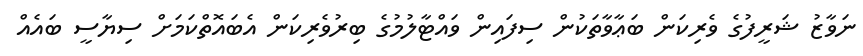
ނަވާޒު ޝަރީފުގެ ވެރިކަން ބަޢާވާތަކުން ސިފައިން ވައްޓާލުމުގެ ބިރުވެރިކަން އެބައޮތްކަމަށް ސިޔާސީ ބައެއް